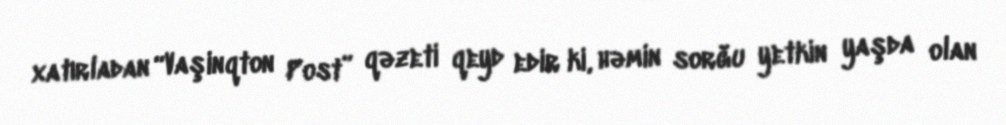
xatırladan “Vaşinqton Post” qəzeti qeyd edir ki, həmin sorğu yetkin yaşda olan